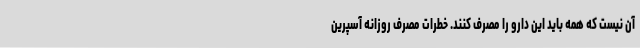
آن نیست که همه باید این دارو را مصرف کنند. خطرات مصرف روزانه آسپرین